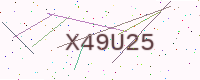
Text: X49U25